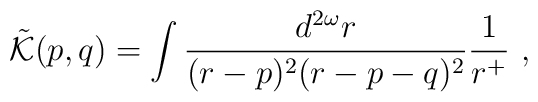
\tilde{{\cal K}}(p,q) = \int \frac {d^{2\omega}r}{(r-p)^2(r-p-q)^2}\frac {1}{r^{+}}\,\,,